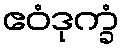
ဧဝံဒုက္ခံ